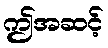
ဤအဆင့်